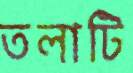
তলাটি